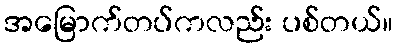
အမြောက်တပ်ကလည်း ပစ်တယ်။